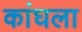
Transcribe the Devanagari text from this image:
कांघला